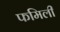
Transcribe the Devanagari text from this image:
फमिली